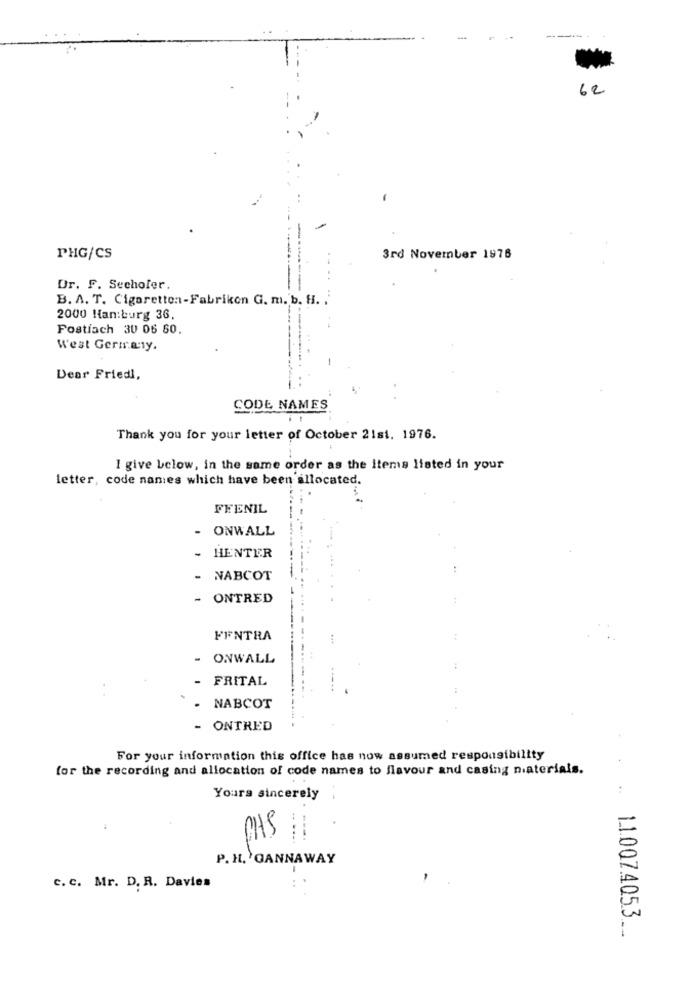
----
62
PHG/CS
3rd November 1976
Dr. F. Secholer.
B. A. T. Cigaretten-Fabriken G. m. b. H. . '
2000 Han:burg 36.
Postfach 30 06 60.
West Germany.
Dear Friedl,
CODE NAMES
Thank you for your letter of October 21si. 1976.
I give below, in the same order as the items listed in your
letter, code nanies which have been allocated.
FFENIL
- ONWALL
. HENTER
- NABCOT
- ONTRED
FFNTRA
- ONWALL
- FRITAL
NABCOT
- ONTRED
For your information this office has now assumed responsibility
for the recording and allocation of code names to flavour and casing naterials.
Yours sincerely
CHS 11
P. H. OANNAWAY
c. C. Mr. D. R. Davies
1.1.0074053